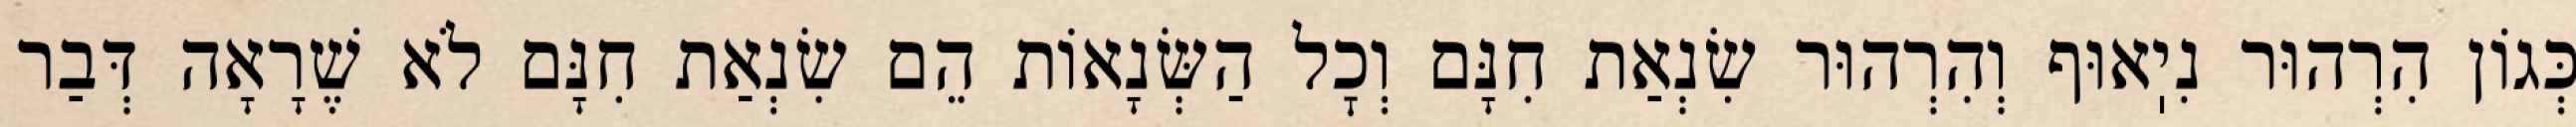
כְּגוֹן הִרְהוּר נִיֽאוּף וְהִרְהוּר שִׂנְאַת חִנָּם וְכׇל הַשְּׂנָאוֹת הֵם שִׂנְאַת חִנָּם לֹא שֶׁרָאָה דְּבַר